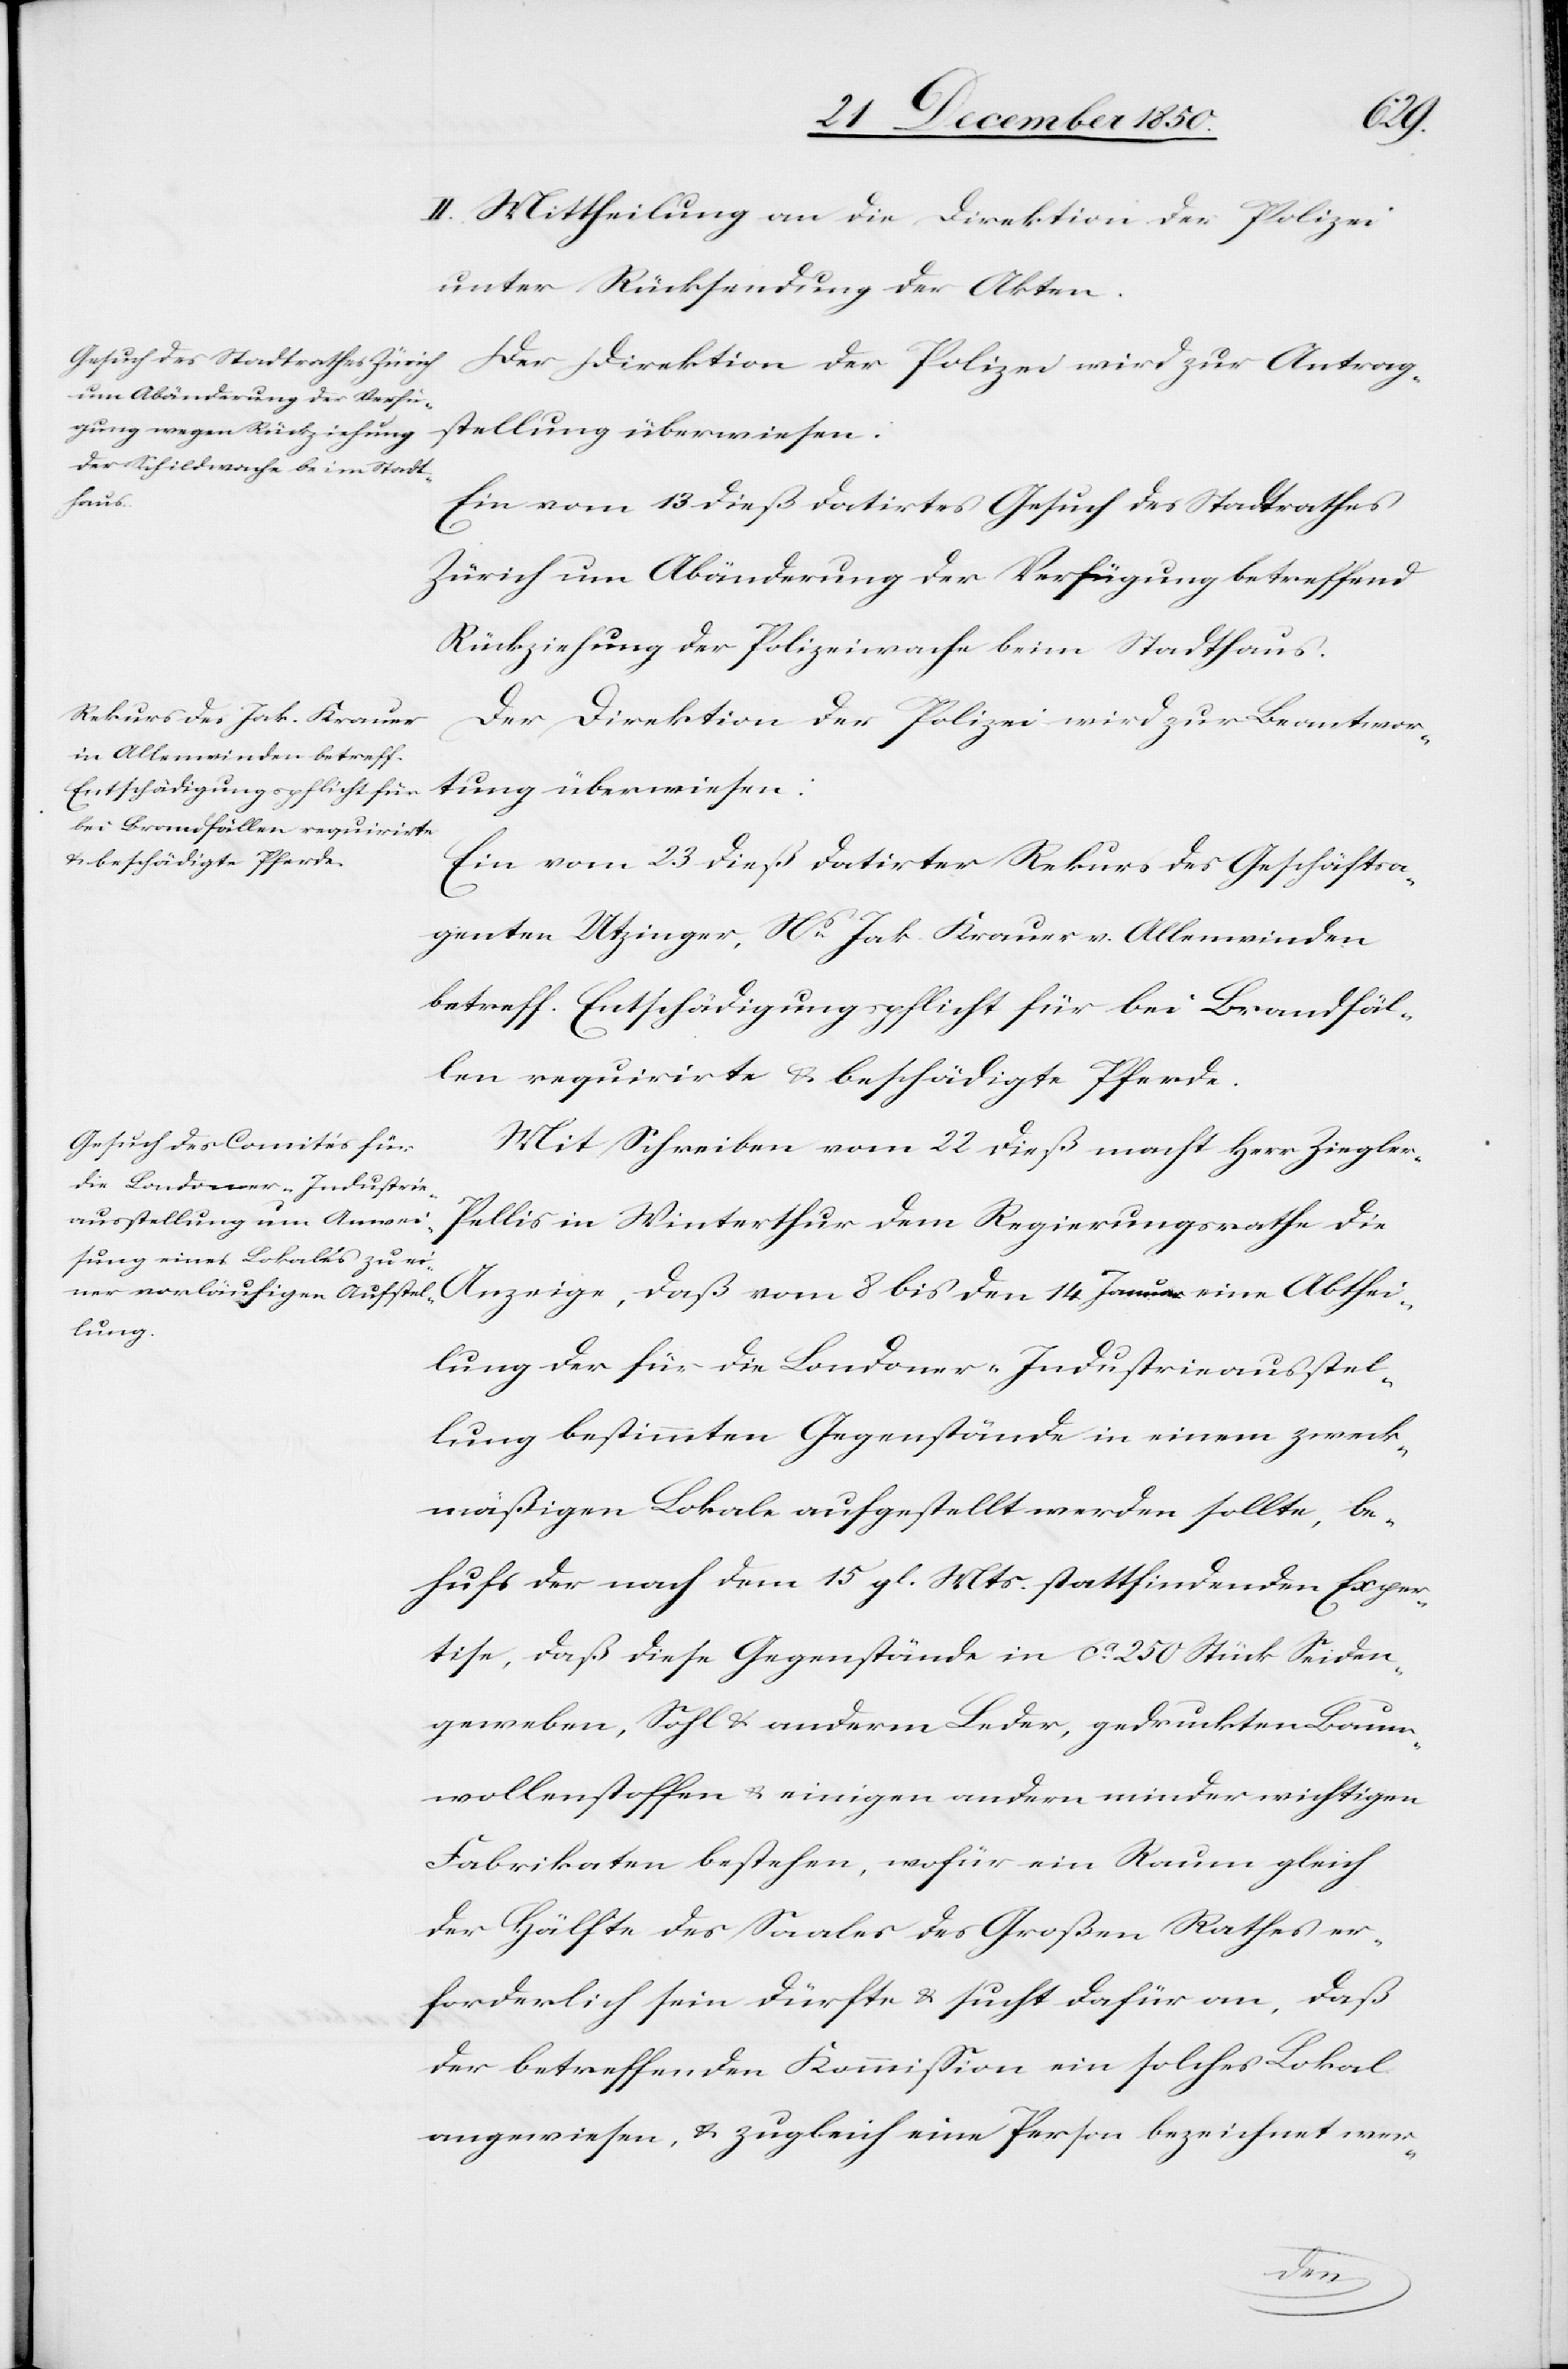
24 December 1850.]
II. Mittheilung an die Direktion der Polizei
unter Rücksendung der Akten.
Der Direktion der Polizei wird zur Antrag¬
stellung überwiesen:
Januar
Ein vom 13 dieß datirtes Gesuch des Stadtrathes
Zürich um Abänderung der Verfügung betreffend
Rückziehung der Polizeiwache beim Stadthaus.
Der Direktion der Polizei wird zur Beantwor¬
tung überwiesen:
Ein vom 23 dieß datirter Rekurs des Geschäftsa¬
genten Utzinger, Ns Jak. Krauer v. Allenwinden
betreff. Entschädigungspflicht für bei Brandfäl¬
len requirirte u. beschädigte Pferde.
Mit Schreiben vom 22 dieß macht Herr Ziegler-P¬
ellis in Winterthur dem Regierungsrathe die
lung der für die Londoner-Industrieausstel¬
lung bestimmten Gegenstände in einem zweck¬
mäßigen Lokale aufgestellt werden sollte, be¬
hufs der nach dem 15 gl. Mts. stattfindenden Exper¬
tise, daß diese Gegenstände in ca 250 Stück Seiden¬
geweben, Sohl u. anderm Leder, gedrückten Baum¬
wollenstoffen u. einigen andern minder wichtigen
Fabrikaten bestehen, wofür ein Raum gleich
der Hälfte des Saales des Großen Rathes er¬
forderlich sein dürfte u. sucht dafür an, daß
der betreffenden Kommission ein solches Lokal
angewiesen, u. zugleich eine Person bezeichnet wer-
Abthei¬